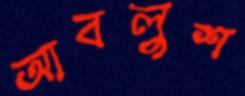
আবলুশ